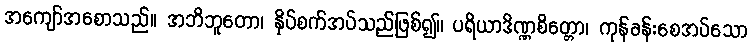
အကျော်အစောသည်။ အဘိဘူတော၊ နှိပ်စက်အပ်သည်ဖြစ်၍။ ပရိယာဒိဏ္ဏစိတ္တော၊ ကုန်ခန်းစေအပ်သော